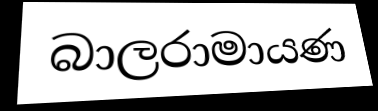
බාලරාමායණ